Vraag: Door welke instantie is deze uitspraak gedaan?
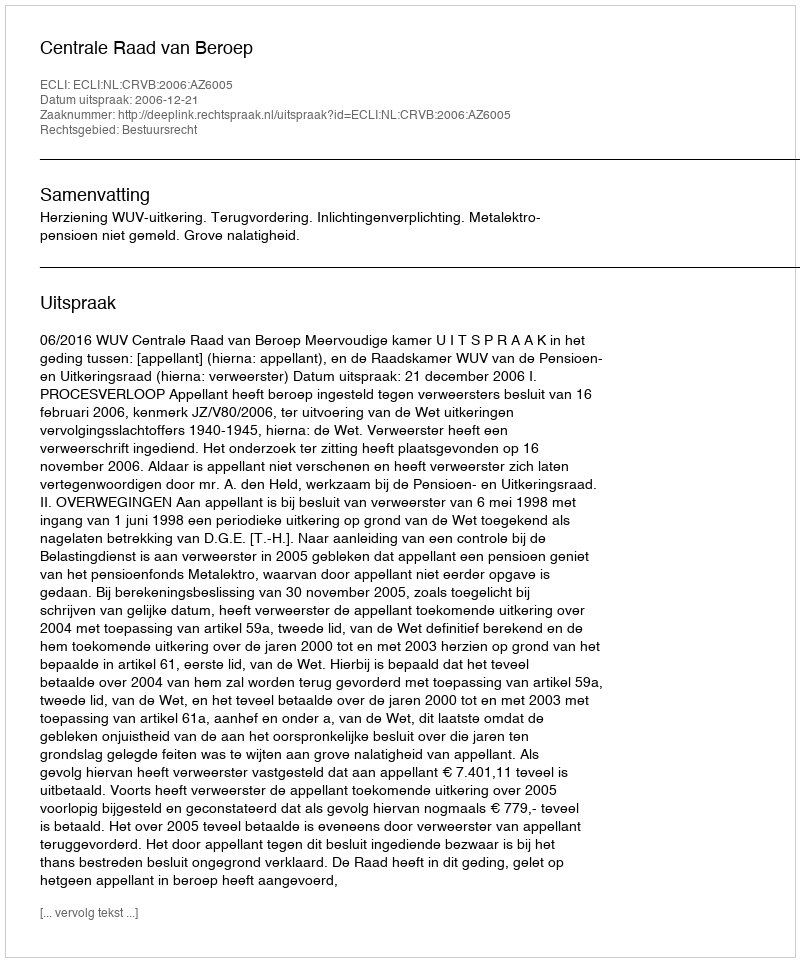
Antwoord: Centrale Raad van Beroep